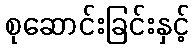
စုဆောင်းခြင်းနှင့်